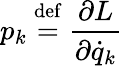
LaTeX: p_{k}\ {\stackrel{\mathrm{def}}{=}}\ {\frac{\partial L}{\partial{\dot{q}}_{k}}}